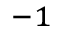
^ { - 1 }